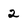
Character: 2